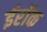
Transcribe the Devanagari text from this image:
ईरॉक